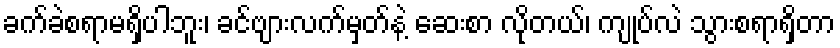
ခက်ခဲစရာမရှိပါဘူး၊ ခင်ဗျားလက်မှတ်နဲ့ ဆေးစာ လိုတယ်၊ ကျုပ်လဲ သွားစရာရှိတာ